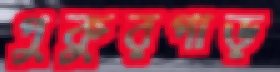
পুকুরপাড়